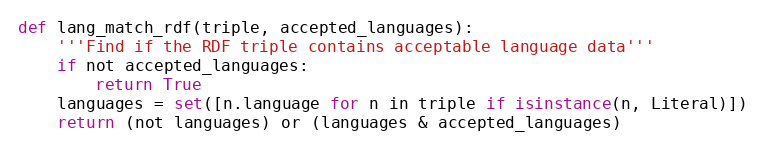
Language: Python
def lang_match_rdf(triple, accepted_languages):
    '''Find if the RDF triple contains acceptable language data'''
    if not accepted_languages:
        return True
    languages = set([n.language for n in triple if isinstance(n, Literal)])
    return (not languages) or (languages & accepted_languages)